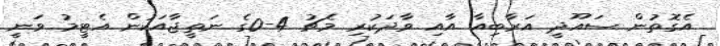
އެގޮތުން ސައޫދީ އަރާބިއާ އާއި ވާދަކުރި މެޗު 4-0ގެ ނަތީޖާއަކުން އެޓީމު ވަނީ